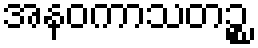
အနဝကာသတဉ္စ